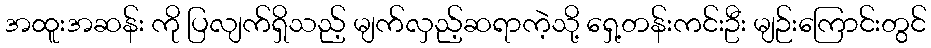
အထူးအဆန်း ကို ပြလျက်ရှိသည့် မျက်လှည့်ဆရာကဲ့သို့ ရှေ့တန်းကင်းဦး မျဉ်းကြောင်းတွင်